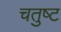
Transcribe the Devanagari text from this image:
चतुष्‍ट